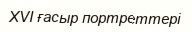
XVI ғасыр портреттері